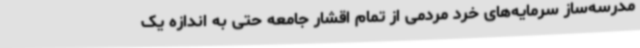
مدرسه‌ساز سرمایه‌های خرد مردمی از تمام اقشار جامعه حتی به اندازه یک